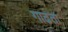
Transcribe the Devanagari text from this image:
गाढता